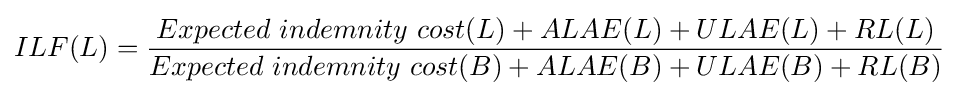
ILF(L)={\dfrac {Expected\ indemnity\ cost(L)+ALAE(L)+ULAE(L)+RL(L)}{Expected\ indemnity\ cost(B)+ALAE(B)+ULAE(B)+RL(B)}}